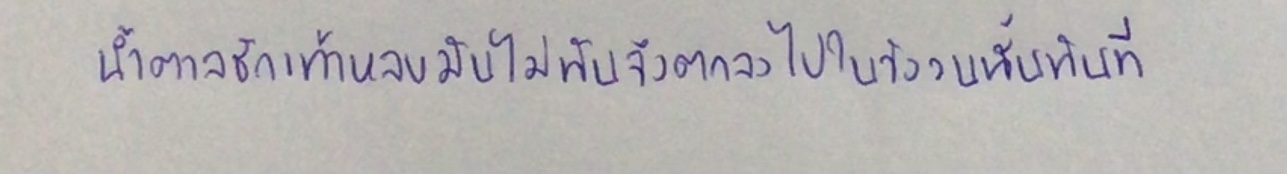
น้ำตาลชักเท้าหลบมันไม่ทันจึงตกลงไปในวังวนนั้นทันที